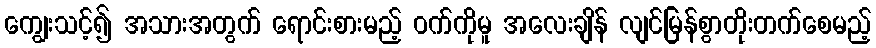
ကျွေးသင့်၍ အသားအတွက် ရောင်းစားမည့် ဝက်ကိုမူ အလေးချိန် လျင်မြန်စွာတိုးတက်စေမည့်